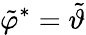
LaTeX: \tilde{\varphi}^{\ast}=\tilde{\vartheta}